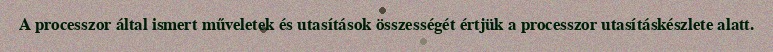
A processzor által ismert műveletek és utasítások összességét értjük a processzor utasításkészlete alatt.